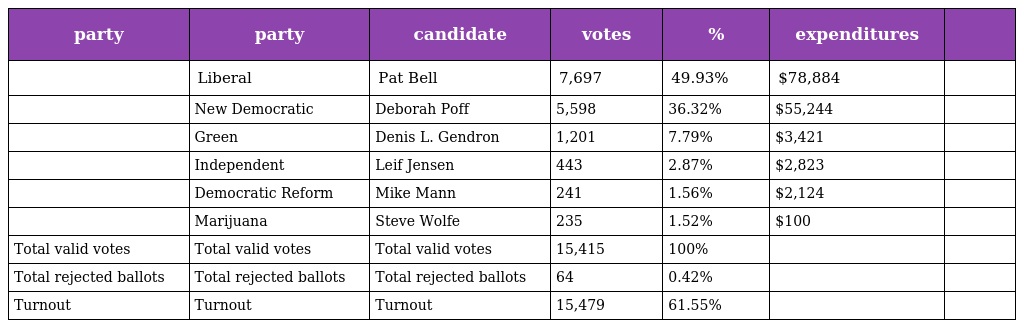
| party | party | candidate | votes | % | expenditures |  |
 | --- | --- | --- | --- | --- | --- | --- |
 |  | Liberal | Pat Bell | 7,697 | 49.93% | $78,884 |  |
 |  | New Democratic | Deborah Poff | 5,598 | 36.32% | $55,244 |  |
 |  | Green | Denis L. Gendron | 1,201 | 7.79% | $3,421 |  |
 |  | Independent | Leif Jensen | 443 | 2.87% | $2,823 |  |
 |  | Democratic Reform | Mike Mann | 241 | 1.56% | $2,124 |  |
 |  | Marijuana | Steve Wolfe | 235 | 1.52% | $100 |  |
 | Total valid votes | Total valid votes | Total valid votes | 15,415 | 100% |  |  |
 | Total rejected ballots | Total rejected ballots | Total rejected ballots | 64 | 0.42% |  |  |
 | Turnout | Turnout | Turnout | 15,479 | 61.55% |  |  |